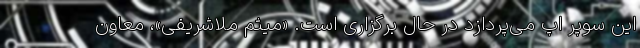
این سوپر اپ می‌پردازد در حال برگزاری است. «میثم ملاشریفی»، معاون